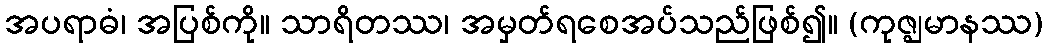
အပရာဓံ၊ အပြစ်ကို။ သာရိတဿ၊ အမှတ်ရစေအပ်သည်ဖြစ်၍။ (ကုဇ္ဈမာနဿ)